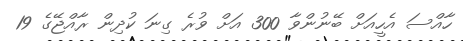
ހާއްސަ އެހީއަށް ބޭނުންވާ 300 އަށް ވުރެ ގިނަ ކުދިން ރާއްޖޭގެ 19